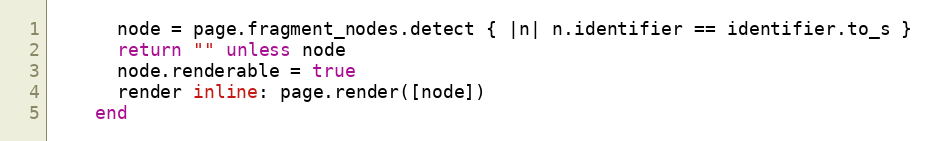
Language: Ruby
      node = page.fragment_nodes.detect { |n| n.identifier == identifier.to_s }
      return "" unless node
      node.renderable = true
      render inline: page.render([node])
    end